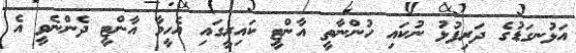
އަޅުނގަޑުގެ ދަރިފުޅު ނުކައި ހުންނާތީ އާންޓީ ކައިރީގައި އެހީމާ އާންޓީ ދެންނެވީ އެ